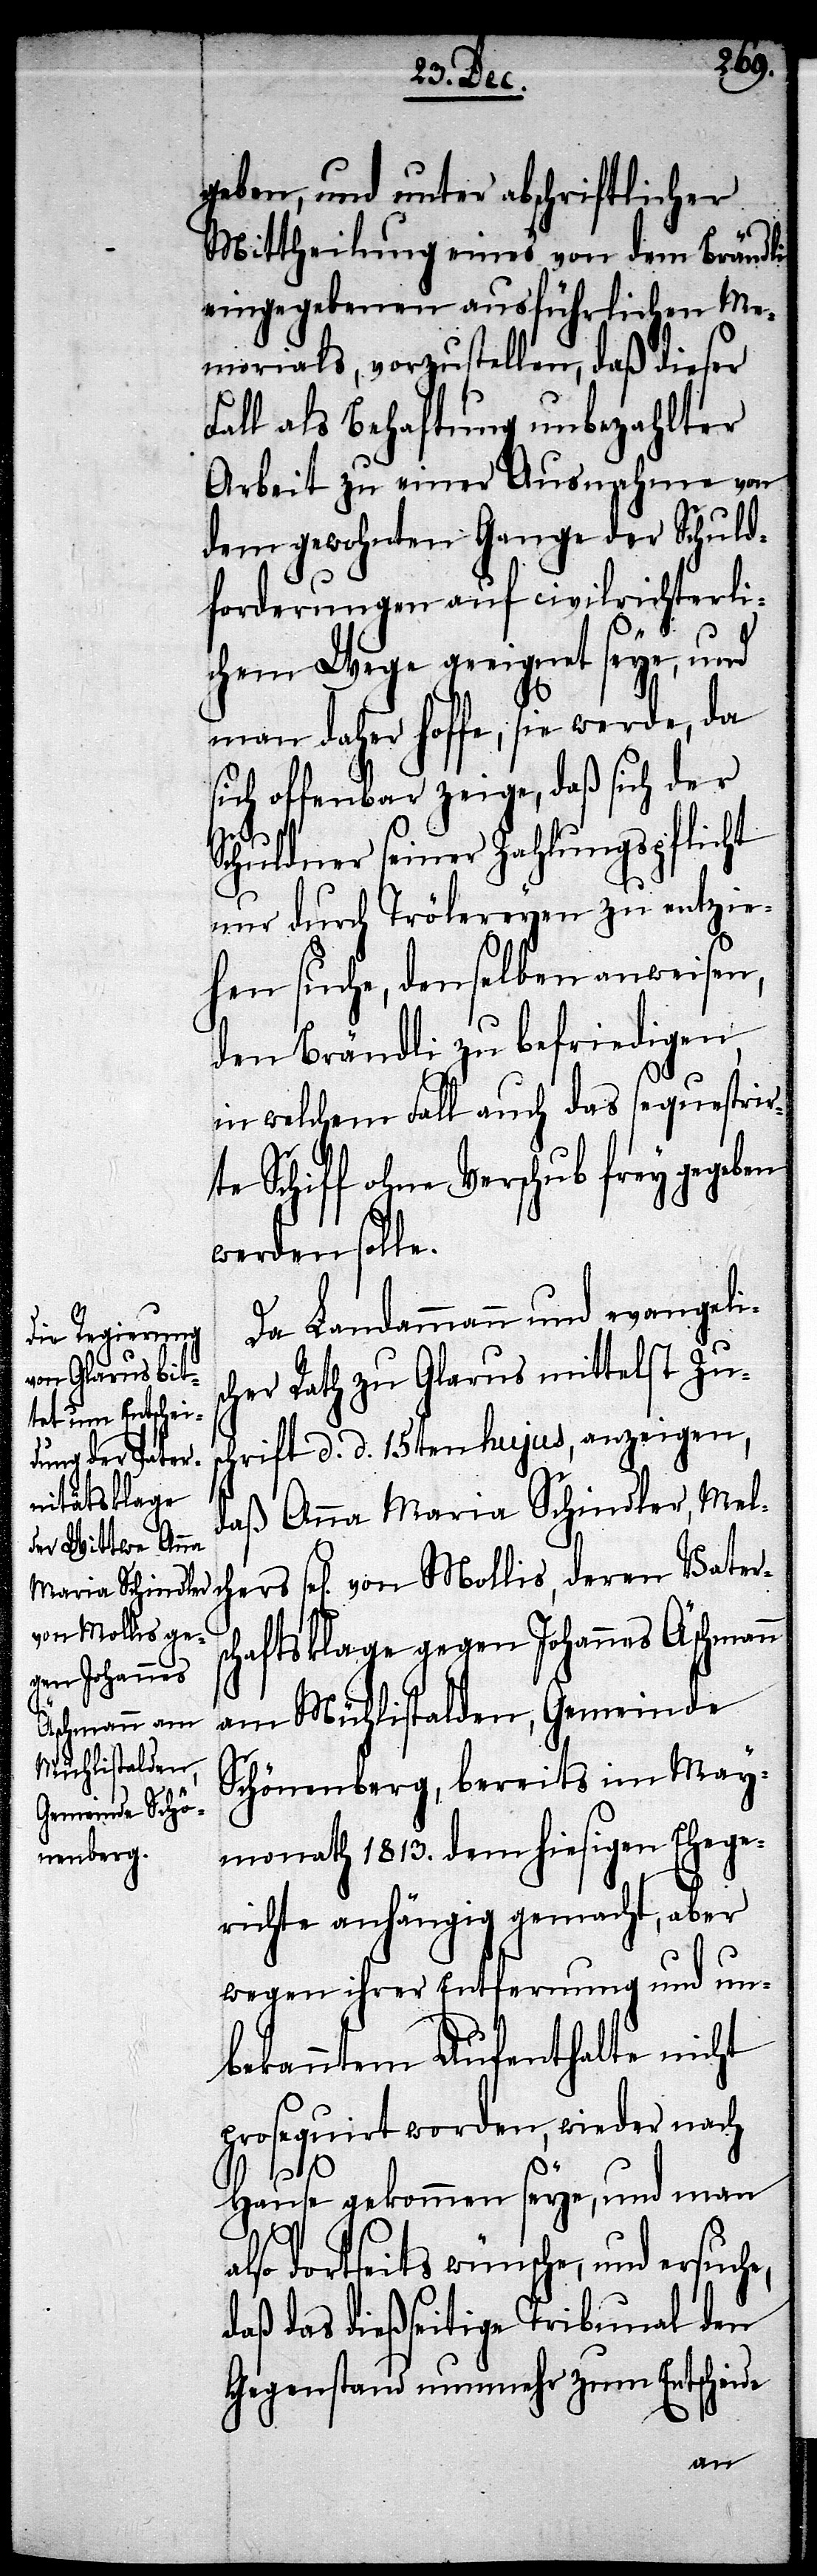
geben, und unter abschriftlicher
Mittheilung eines von dem Brändli
eingegebenen ausführlichen Me¬
morials, vorzustellen, daß dieser
Fall als Behaftung unbezahlter
Arbeit zu einer Ausnahme von
dem gewohnten Gange der Schuld¬
forderungen auf civilrichterli¬
chem Wege geeignet seye, und
man daher hoffe, sie werde, da
sich offenbar zeige, daß sich der
Schuldner seiner Zahlungspflicht
nur durch Trölereyen zu entzie¬
hen suche, denselben anweisen,
den Brändli zu befriedigen,
in welchem Fall auch das sequestrir¬
te Schiff ohne Verschub frey gegeb¬
werden solle.
Da Landammann und evangelis¬
cher Rath zu Glarus mittelst Zu¬
ren Vaters¬
schrift d. d. 15ten hujus, anzeigen,
daß Anna Maria Schindler, Mel¬
von Mollis, de¬
chaftsklage gegen Johannes Äschmann
am Mühlistalden, Gemeinde
Schönenberg, bereits im May¬
monath 1813. dem hiesigen Ehege¬
richte anhängig gemacht, aber
wegen ihrer Entfernung und un¬
bekanntem Aufenthalte nicht
prosequirt worden, wieder nach
chers
Hause gekommen seye, und man
also dortseits wünsche, und ersuche,
daß das dießseitige Tribunal den
Gegenstand nunmehr zum Entscheide
en